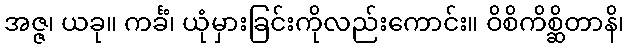
အဇ္ဇ၊ ယခု။ ကင်္ခံ၊ ယုံမှားခြင်းကိုလည်းကောင်း။ ဝိစိကိစ္ဆိတာနိ၊